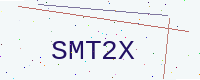
Text: SMT2X